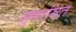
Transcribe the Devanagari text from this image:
सुशासित